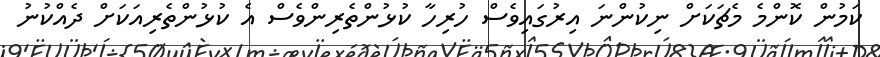
ކަމުން ކޮންމެ މެޗަކަށް ނިކުންނަ އިރުގައިވެސް ހުރިހާ ކުޅުންތެރިންވެސް އެ ކުޅުންތެރިއަކަށް ދެއްކުނު